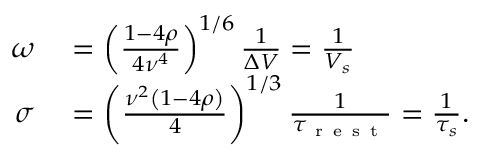
\begin{array} { r l } { \omega } & { { } = \left( \frac { 1 - 4 \rho } { 4 \nu ^ { 4 } } \right) ^ { 1 / 6 } \frac { 1 } { \Delta V } = \frac { 1 } { V _ { s } } } \\ { \sigma } & { { } = \left( \frac { \nu ^ { 2 } \left( 1 - 4 \rho \right) } { 4 } \right) ^ { 1 / 3 } \frac { 1 } { \tau _ { \mathrm { ~ r ~ e ~ s ~ t ~ } } } = \frac { 1 } { \tau _ { s } } . } \end{array}